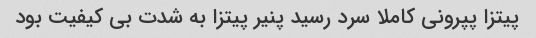
پیتزا پپرونی کاملا سرد رسید پنیر پیتزا به شدت بی کیفیت بود